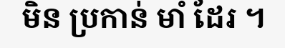
មិន ប្រកាន់ មាំ ដែរ ។